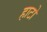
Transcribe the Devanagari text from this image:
हाटो